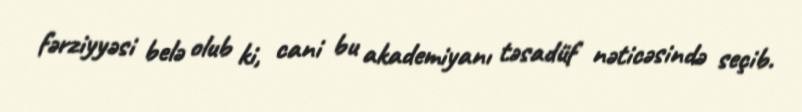
fərziyyəsi belə olub ki, cani bu akademiyanı təsadüf nəticəsində seçib.